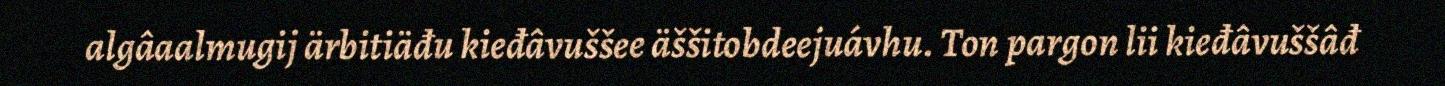
algâaalmugij ärbitiäđu kieđâvuššee äššitobdeejuávhu. Ton pargon lii kieđâvuššâđ